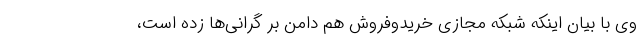
وی با بیان اینکه شبکه مجازی خریدوفروش هم دامن بر گرانی‌ها زده است،